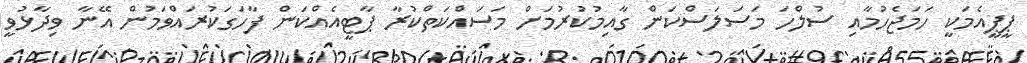
ޕީޕީއެމަކީ ހަމަޖެހުމާއި ސުލްހަ މަސަލަސްކަން ގާއިމުކުރުމަށް މަސައްކަތްކުރާ ޕާޓީއެއްކަން ފާހަގަކުރައްވަމުން އޭނާ ވިދާޅުވީ